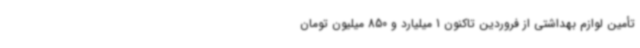
تأمین لوازم بهداشتی از فروردین‌ تاکنون 1 میلیارد و 850 میلیون تومان